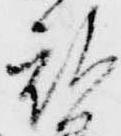
被